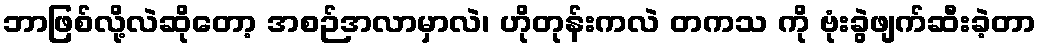
ဘာဖြစ်လို့လဲဆိုတော့ အစဉ်အလာမှာလဲ၊ ဟိုတုန်းကလဲ တကသ ကို ဗုံးခွဲဖျက်ဆီးခဲ့တာ